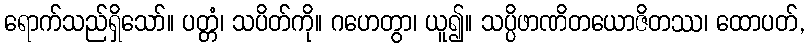
ရောက်သည်ရှိသော်။ ပတ္တံ၊ သပိတ်ကို။ ဂဟေတွာ၊ ယူ၍။ သပ္ပိဖာဏိတယောဇိတဿ၊ ထောပတ်,